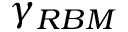
\gamma _ { R B M }